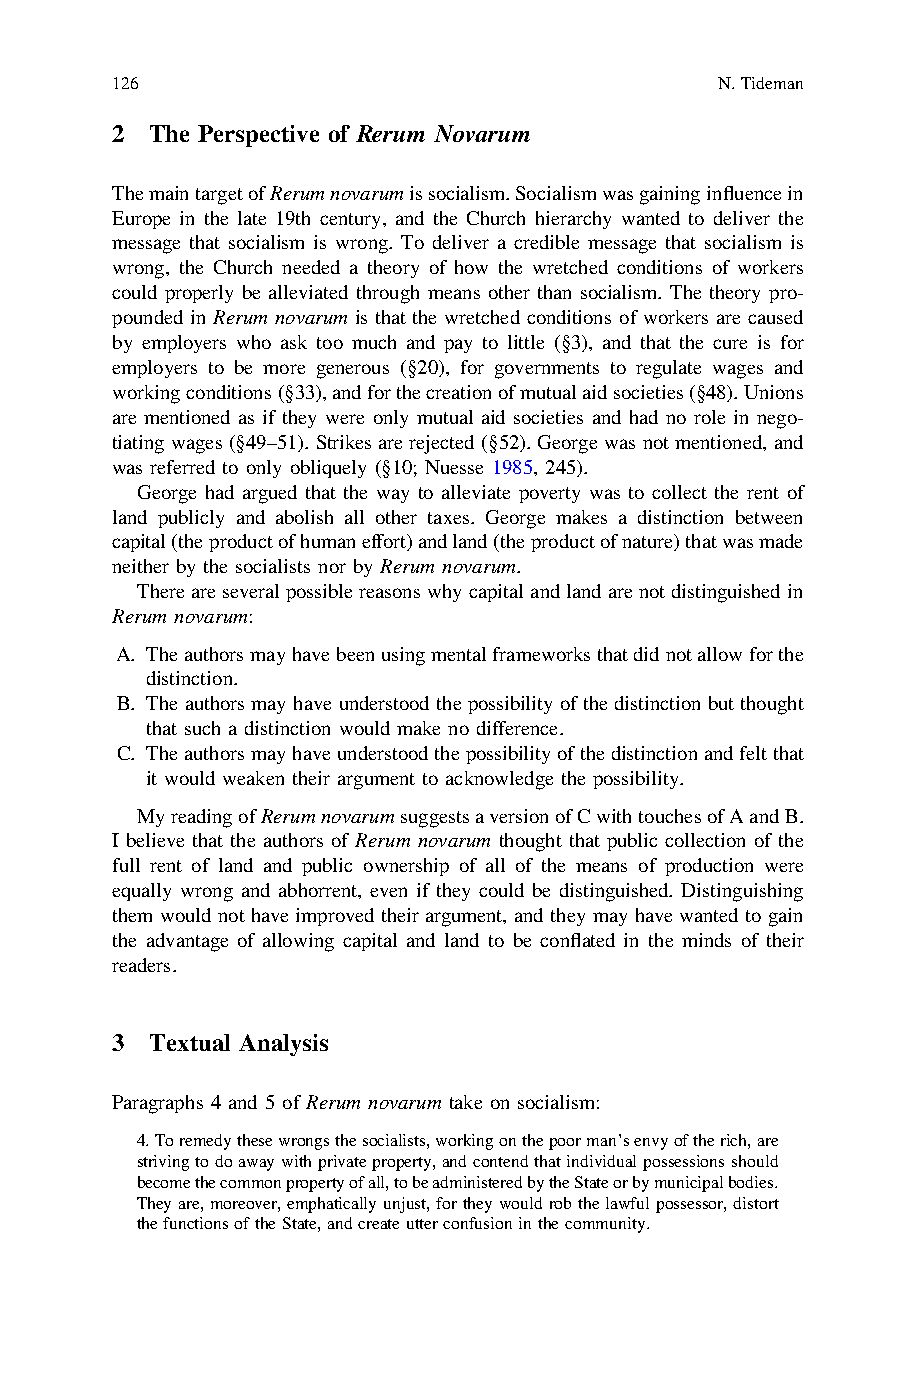
126                                      N.Tideman
 2  The Perspective of Rerum Novarum
 ThemaintargetofRerumnovarumissocialism.Socialismwasgaininginfluencein
 Europe in the late 19th century, and the Church hierarchy wanted to deliver the
 message that socialism is wrong. To deliver a credible message that socialism is
 wrong, the Church needed a theory of how the wretched conditions of workers
 could properly be alleviated through means other than socialism. The theory pro-
 pounded in Rerum novarum is that the wretched conditions of workers are caused
 by employers who ask too much and pay to little (§3), and that the cure is for
 employers to be more generous (§20), for governments to regulate wages and
 workingconditions(§33),andforthecreationofmutualaidsocieties(§48).Unions
 are mentioned as if they were only mutual aid societies and had no role in nego-
 tiating wages(§49–51). Strikes arerejected(§52).Georgewas notmentioned, and
 was referred to only obliquely (§10; Nuesse 1985, 245).
 George had argued that the way to alleviate poverty was to collect the rent of
 land publicly and abolish all other taxes. George makes a distinction between
 capital(theproductofhumaneffort)andland(theproductofnature)thatwasmade
 neither by the socialists nor by Rerum novarum.
 Thereareseveralpossiblereasonswhycapitalandlandarenotdistinguishedin
 Rerum novarum:
 A. Theauthorsmayhavebeenusingmentalframeworksthatdidnotallowforthe
 distinction.
 B. The authorsmay have understood thepossibility ofthedistinction butthought
 that such a distinction would make no difference.
 C. Theauthorsmayhaveunderstoodthepossibilityofthedistinctionandfeltthat
 it would weaken their argument to acknowledge the possibility.
 MyreadingofRerumnovarumsuggestsaversionofCwithtouchesofAandB.
 I believe that the authors of Rerum novarum thought that public collection of the
 full rent of land and public ownership of all of the means of production were
 equally wrong and abhorrent, even if they could be distinguished. Distinguishing
 them would not have improved their argument, and they may have wanted to gain
 the advantage of allowing capital and land to be conflated in the minds of their
 readers.
 3  Textual Analysis
 Paragraphs 4 and 5 of Rerum novarum take on socialism:
 4.Toremedythesewrongsthesocialists,workingonthepoorman’senvyoftherich,are
 strivingtodoawaywithprivateproperty,andcontendthatindividualpossessionsshould
 becomethecommonpropertyofall,tobeadministeredbytheStateorbymunicipalbodies.
 Theyare,moreover,emphaticallyunjust,fortheywouldrobthelawfulpossessor,distort
 thefunctionsoftheState,andcreateutterconfusioninthecommunity.